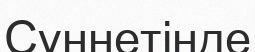
Сүннетінде